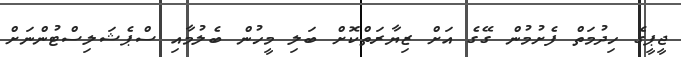
ޖީޕީގެ ހިދުމަތް ފެށުމުން ގޭގެ އަށް ޒިޔާރަތްކޮށް ބަލި މީހުން ބެލުމާއި ސްޕެޝަލިސްޓުންނަށް